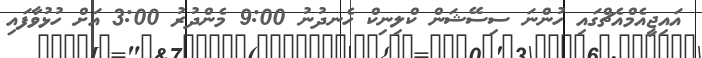
އައިޖީއެމްއެޗްގައި ހުންނަ ސިސޭޝަން ކްލިނިކް ހެނދުނު 9:00 މެންދުރު 3:00 އަށް ހުޅުވާފައި